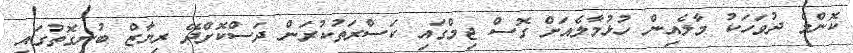
ކޮންމެ ދުވަހަކު މާލެއިން ހުޅުމާލެއަށް ގޮސް ޖިމްގައި ކަސްރަތުކުރަން ދަސްކޮށްދޭ ރިޔާޒް ބުނިގޮތުގައި